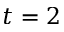
t = 2